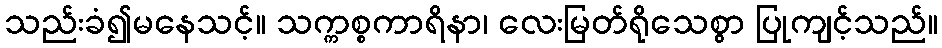
သည်းခံ၍မနေသင့်။ သက္ကစ္စကာရိနာ၊ လေးမြတ်ရိုသေစွာ ပြုကျင့်သည်။